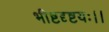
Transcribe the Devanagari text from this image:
भीष्टदृष्टयः।।